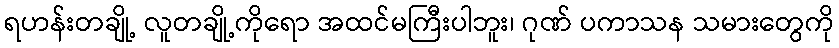
ရဟန်းတချို့ လူတချို့ကိုရော အထင်မကြီးပါဘူး၊ ဂုဏ် ပကာသန သမားတွေကို